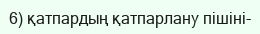
6) қатпардың қатпарлану пішіні-